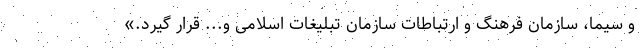
و سیما، سازمان فرهنگ و ارتباطات سازمان تبلیغات اسلامی و... قرار گیرد.»